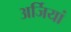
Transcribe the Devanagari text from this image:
अर्जियां